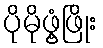
ပိုမိုဖွံ့ဖြိုး